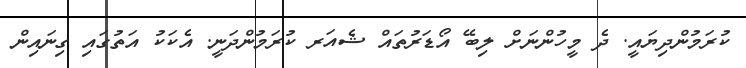
ކުރަމުންދިޔައީ. ދެ މީހުންނަށް ލިބޭ އޯޑަރުތައް ޝެއަރ ކުރަމުންދަނީ. އެކަކު އަތުގައި ގިނައިން